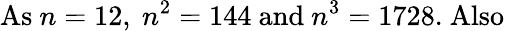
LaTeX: {\mathrm{As~}}n=12{\mathrm{,~}}n^{2}=144{\mathrm{~and~}}n^{3}=1728.{\mathrm{~Also}}